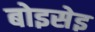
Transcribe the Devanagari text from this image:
बोइसेइ